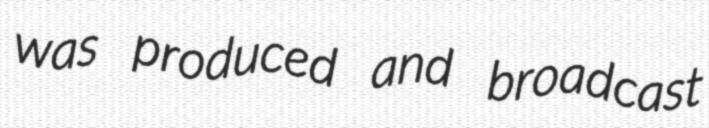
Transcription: was produced and broadcast